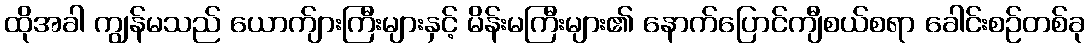
ထိုအခါ ကျွန်မသည် ယောက်ျားကြီးများနှင့် မိန်းမကြီးများ၏ နောက်ပြောင်ကျီစယ်စရာ ခေါင်းစဉ်တစ်ခု